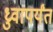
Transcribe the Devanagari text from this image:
ध्रुवापर्यंत